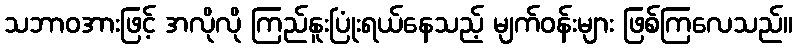
သဘာဝအားဖြင့် အလိုလို ကြည်နူးပြုံးရယ်နေသည့် မျက်ဝန်းများ ဖြစ်ကြလေသည်။